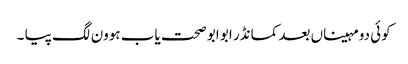
کوئی دو مہیناں بعد کمانڈر ابو ابو صحت یاب ہوون لگ پیا ۔